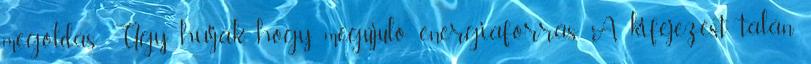
megoldás. Úgy hívják, hogy megújuló energiaforrás. A kifejezést talán